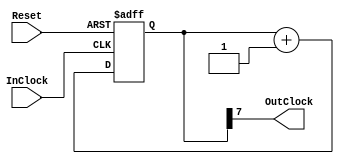
//NbN
/* Portlist
	ClockDivider #(.bw_Count) cd
	(.InClock(Clock),.Reset(Reset),.OutClock(Clock));
*/

module ClockDivider
#(
	////////////////////////////////////////////////////
	// Parameters
	parameter bw_Count = 8
)
(
	////////////////////////////////////////////////////
	// Ports
	input InClock,Reset,
	output OutClock
);

	////////////////////////////////////////////////////
	// Registers
	reg [bw_Count-1:0] Count;
	
	////////////////////////////////////////////////////
	// Assign
	assign	OutClock	= Count[bw_Count-1]; 
	
	always@(posedge InClock or posedge Reset) begin
		if(Reset) begin
			Count	<= 0;
		end else
		if(InClock)begin
			Count	<= Count + 1;
		end
	end

endmodule